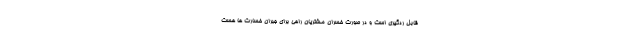
قابل ردگیری است و در صورت خسران مشتریان راهی برای جبران خسارت ها هست